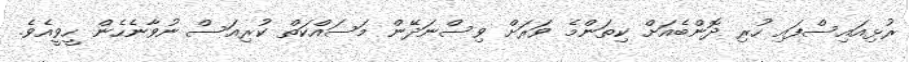
ރުޅިއައިސްފައި ހުރި ދޮންބެއަށް ކިތަންމެ ވަރަށް ވިސްނަދޭން މަސައްކަތް ކުރިއަސް ނުވާނެހެން ހީވީއެވެ.